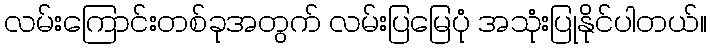
လမ်းကြောင်းတစ်ခုအတွက် လမ်းပြမြေပုံ အသုံးပြုနိုင်ပါတယ်။